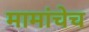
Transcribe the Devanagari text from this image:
मामांचेच